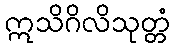
ဣသိဂိလိသုတ္တံ